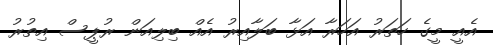
އެއީ މީގެ ހަތަރު އަހަރާ އަޅާ ބަލާއިރު އެއް ބިލިއަން ރުޕީސް އިތުރު